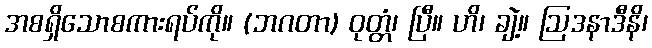
အစရှိသောစကားရပ်ကို။ (ဘဂတာ) ဝုတ္တံ၊ ပြီ။ ဟိ၊ ချဲ့။ ဩဒနာဒီနိ၊